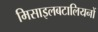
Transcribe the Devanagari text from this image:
मिसाइलबटालियनों